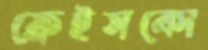
ফ্রেইসকো